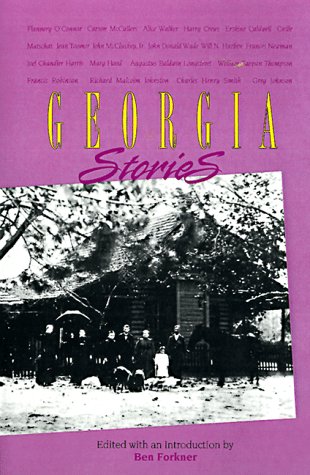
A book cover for Georgia Stories: Major Georgia Short Fiction of the Nineteenth and Twentieth Centuries; Literature & Fiction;